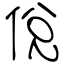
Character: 侻